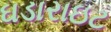
ઘડારાઇટ